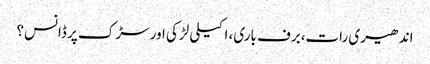
اندھیری رات،برف باری، اکیلی لڑکی اور سڑک پر ڈانس؟